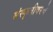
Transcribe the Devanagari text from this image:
संस्कृतीवरचे